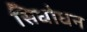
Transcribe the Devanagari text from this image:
सिधोधन